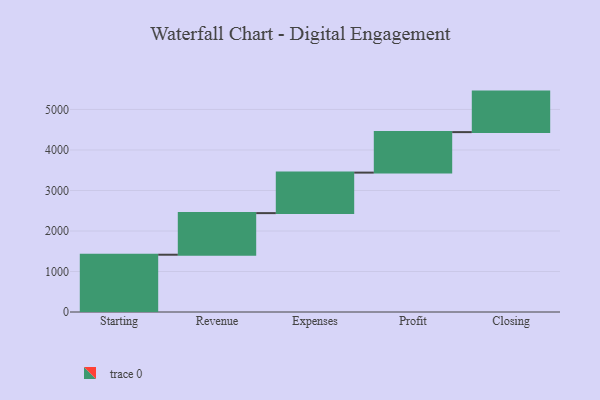
{"axis": {"x": "Step", "y": "Value"}, "legend": [""], "data": [{"x": "Starting", "y": 1414.0, "type": ""}, {"x": "Revenue", "y": 1027.0, "type": ""}, {"x": "Expenses", "y": 1000, "type": ""}, {"x": "Profit", "y": 1000, "type": ""}, {"x": "Closing", "y": 1000, "type": ""}]}